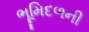
ભૂમિદળની